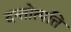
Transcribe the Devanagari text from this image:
दन्तोत्पत्ति